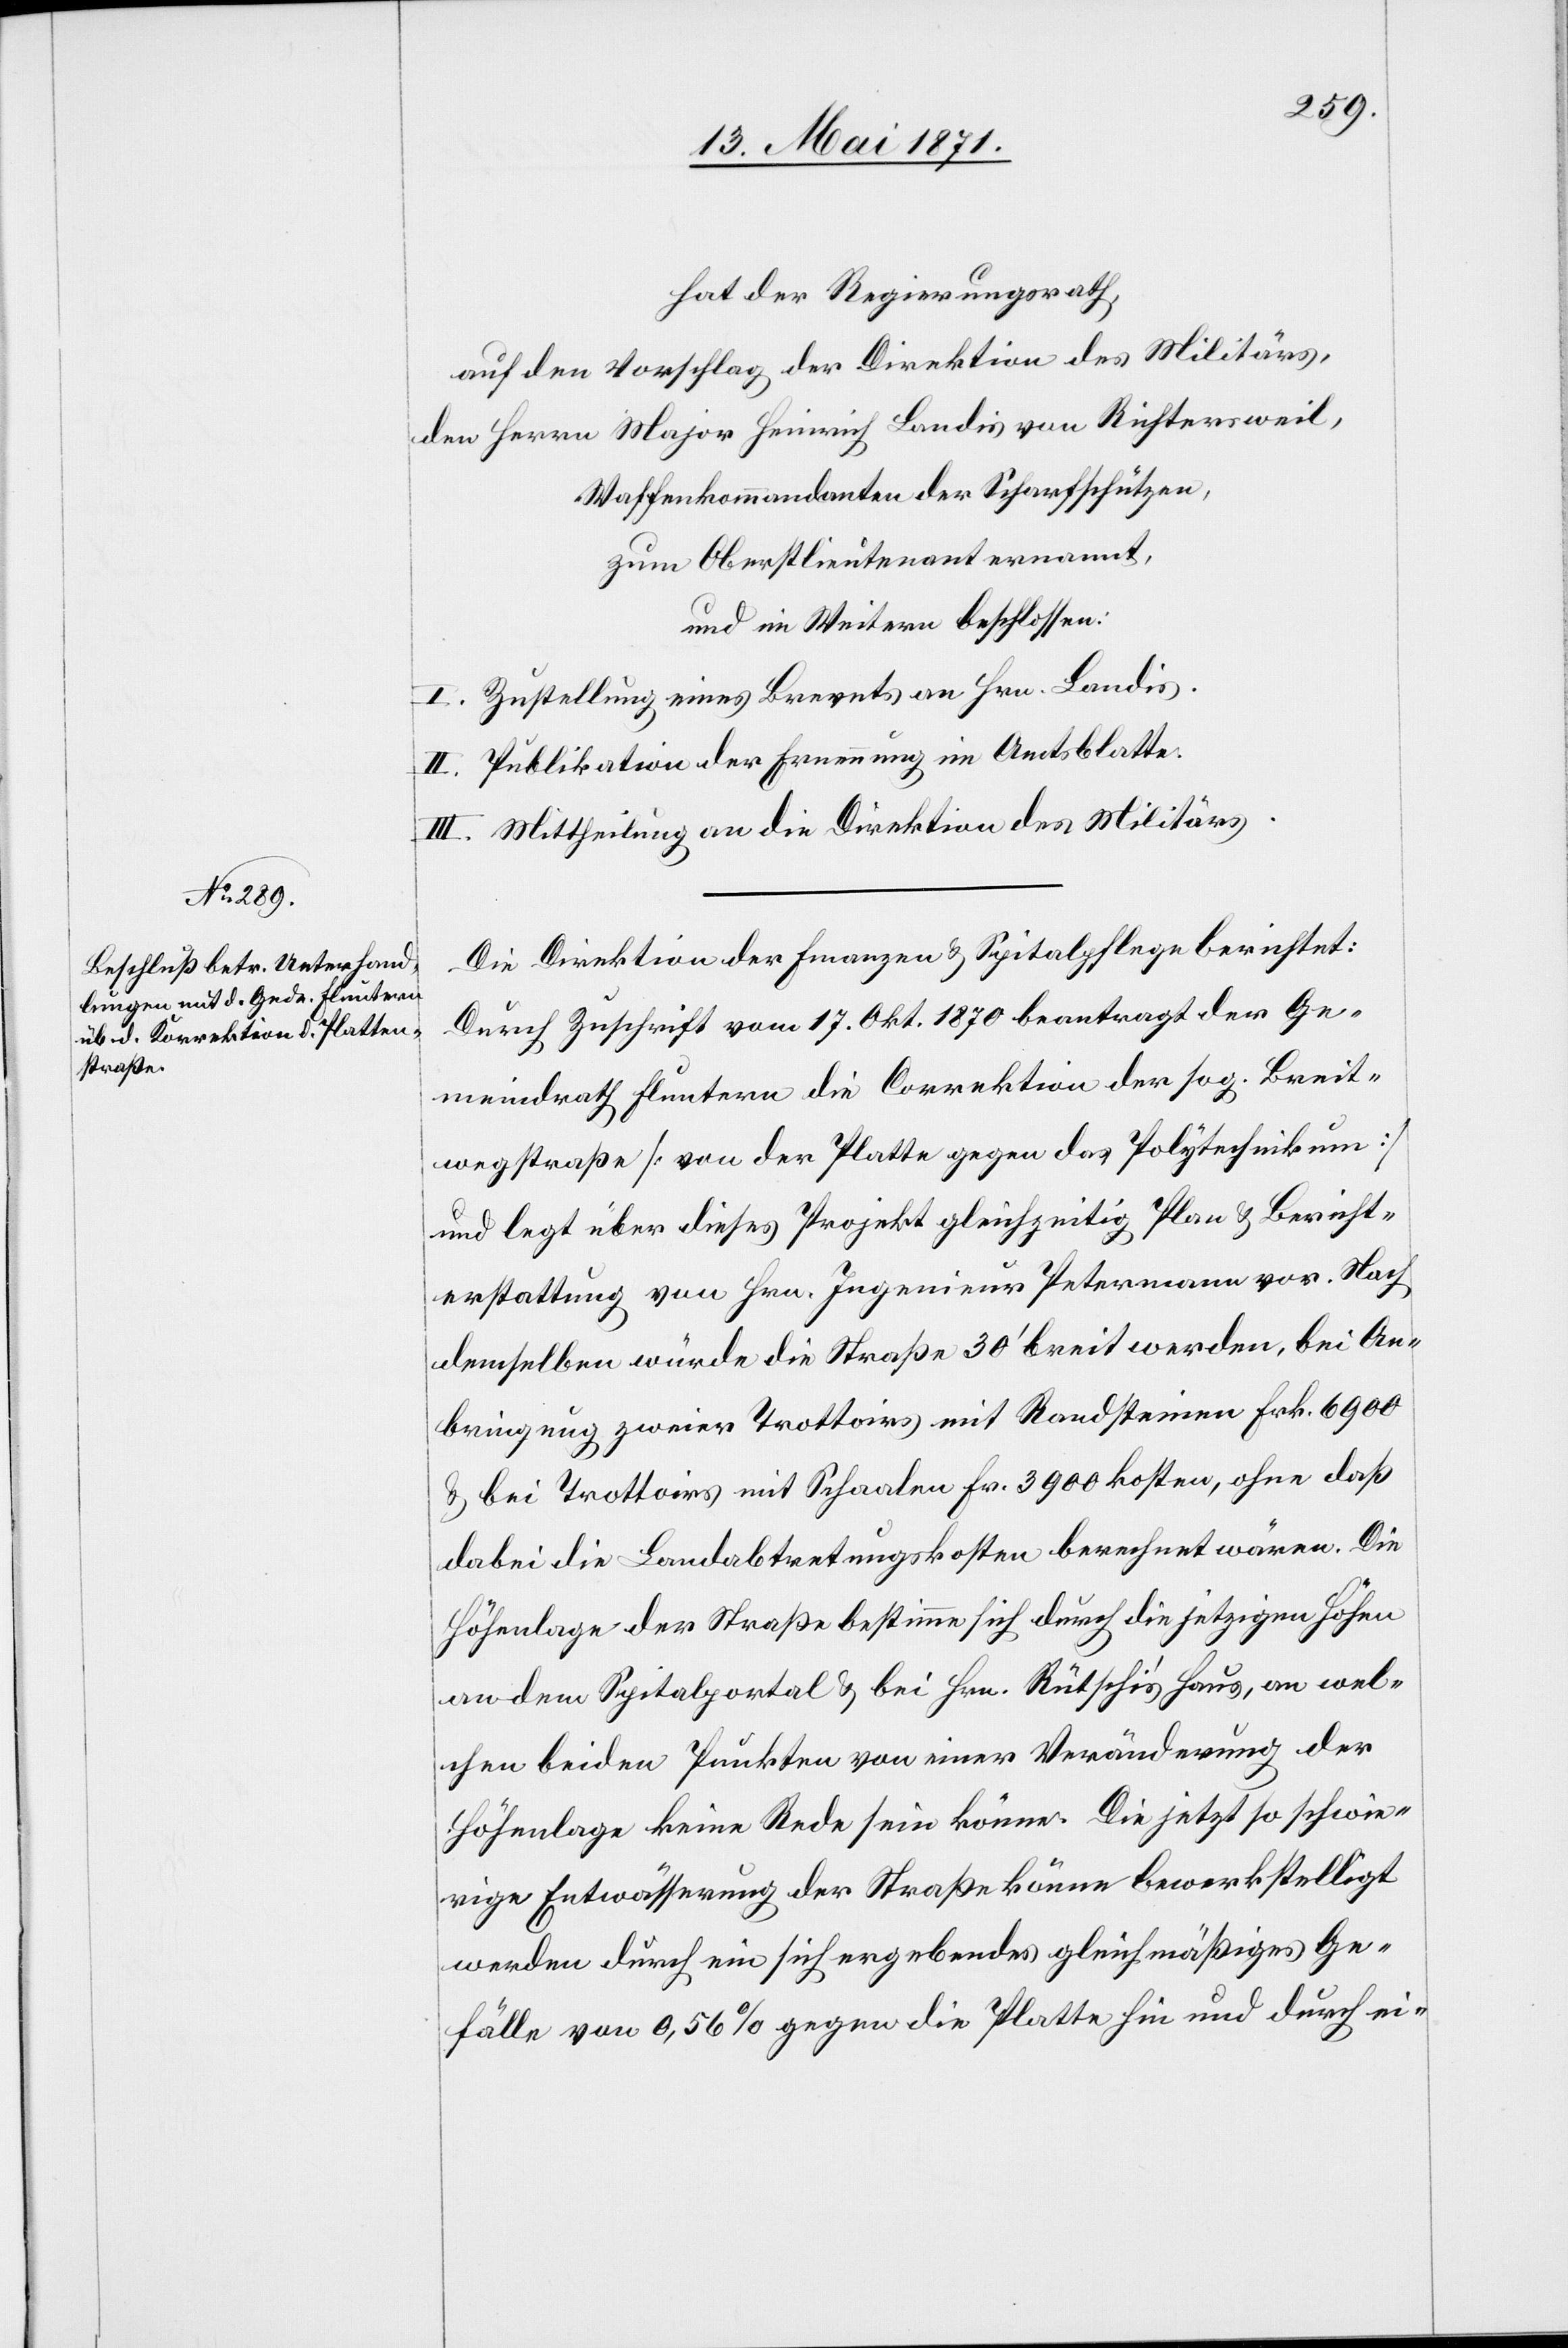
hat der Regierungsrath,
auf den Vorschlag der Direktion des Militärs,
den Herrn Major Heinrich Landis von Richtersweil,
Waffenkommandanten der Scharfschützen,
zum Oberstlieutenant ernannt,
und im Weitern beschlossen:
I. Zustellung eines Brevets an Hrn. Landis.
II. Publikation der Ernennung im Amtsblatte.
III. Mittheilung an die Direktion des Militärs.
Die Direktion der Finanzen u. Spitalpflege berichtet:
Durch Zuschrift vom 17. Okt. 1870 beantragt der Ge¬
meindrath Fluntern die Correktion der sog. Breit¬
wegstraße [von der Platte gegen das Polytechnikum]
und legt über dieses Projekt gleichzeitig Plan u Bericht¬
erstattung von Hrn. Ingenieur Petermann vor. Nach
demselben würde die Straße 30‘ breit werden, bei An¬
bringung zweier Trottoirs mit Randsteinen Frk. 6900
u. bei Trottoirs mit Schaalen Fr. 3900 kosten, ohne daß
dabei die Landabtretungskosten berechnet wären. Die
Höhenlage der Straße bestimme sich durch die jetzigen Höhen
an dem Spitalportal u. bei Hrn. Rütschi’s Haus, an wel¬
chen beiden Punkten von einer Veränderung der
Höhenlage keine Rede sein könne. Die jetzt so schwie¬
rige Entwässerung der Straße könne bewerkstelligt
werden durch ein sich ergebendes gleichmäßiges Ge¬
fälle von 0,56% gegen die Platte hin und durch ei-